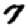
Digit: 7